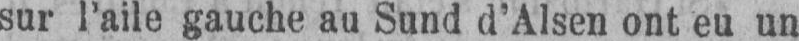
sur l’aile gauche au Sund d’Alsen ont eu un